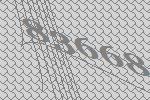
83668